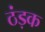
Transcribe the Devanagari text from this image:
ठंड़क